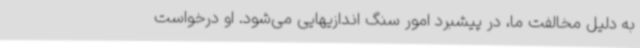
به دلیل مخالفت ما، در پیشبرد امور سنگ اندازیهایی می‌شود. او درخواست